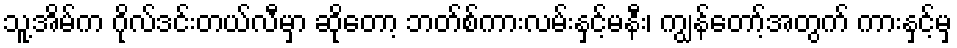
သူ့အိမ်က ဂိုလ်ဒင်းတယ်လီမှာ ဆိုတော့ ဘတ်စ်ကားလမ်းနှင့်မနီး၊ ကျွန်တော့်အတွက် ကားနှင့်မှ